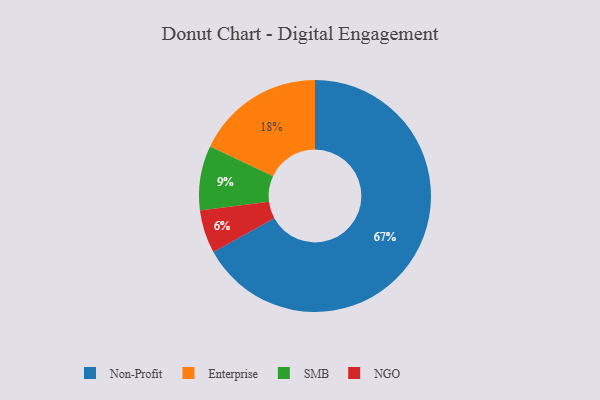
{"axis": {"x": "Category", "y": "Percentage"}, "legend": ["Enterprise", "NGO", "Non-Profit", "SMB"], "data": [{"x": "NGO", "y": 6, "type": "NGO"}, {"x": "Enterprise", "y": 18, "type": "Enterprise"}, {"x": "SMB", "y": 9, "type": "SMB"}, {"x": "Non-Profit", "y": 67, "type": "Non-Profit"}]}